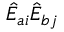
\hat { E } _ { a i } \hat { E } _ { b j }